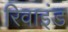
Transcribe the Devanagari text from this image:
रिवाइंड